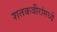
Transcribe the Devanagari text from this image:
शतकवीरांमध्ये